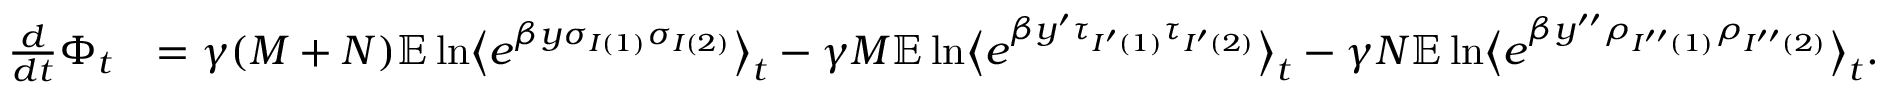
\begin{array} { r l } { \frac { d } { d t } \Phi _ { t } } & { = \gamma ( M + N ) \mathbb E \ln \bigl \langle e ^ { \beta y \sigma _ { I ( 1 ) } \sigma _ { I ( 2 ) } } \bigr \rangle _ { t } - \gamma M \mathbb E \ln \bigl \langle e ^ { \beta y ^ { \prime } \tau _ { I ^ { \prime } ( 1 ) } \tau _ { I ^ { \prime } ( 2 ) } } \bigr \rangle _ { t } - \gamma N \mathbb E \ln \bigl \langle e ^ { \beta y ^ { \prime \prime } \rho _ { I ^ { \prime \prime } ( 1 ) } \rho _ { I ^ { \prime \prime } ( 2 ) } } \bigr \rangle _ { t } . } \end{array}